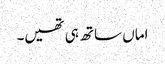
اماں ساتھ ہی تھیں۔